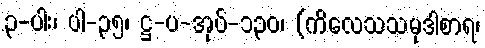
၃-ပါး၊ ပါ-၃၅၊ ဋ္ဌ-ပ-အုပ်-၁၃၀၊ (ကိလေသသမုဒါစာရ၊